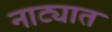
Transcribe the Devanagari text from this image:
नाट्यात